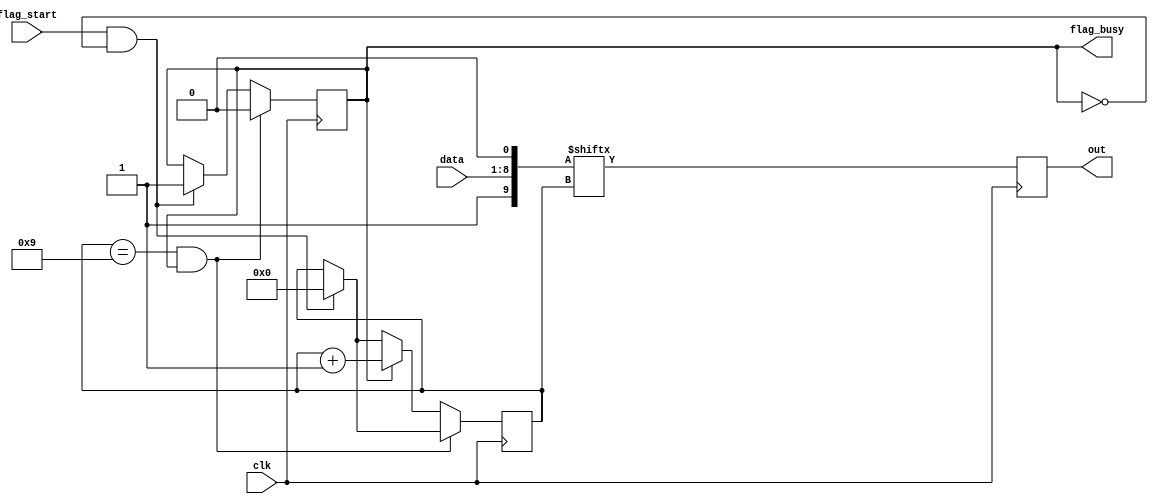
module uart_out (
	input clk,
	input [7:0]data,
	input flag_start,

	output reg out,
	output reg flag_busy
);

wire [9:0]res = {1'b1, data, 1'b0};

reg [3:0]bit_num = 4'h0;

always @(posedge clk) begin
	out <= res[bit_num];
	
	if((flag_start == 1) && (flag_busy == 0)) begin
		bit_num <= 0;
		flag_busy <= 1;
	end

	if((bit_num == 9) && (flag_busy == 1))
		flag_busy <= 0;
	else if(flag_busy == 1)
		bit_num <= bit_num + 1;
end

endmodule